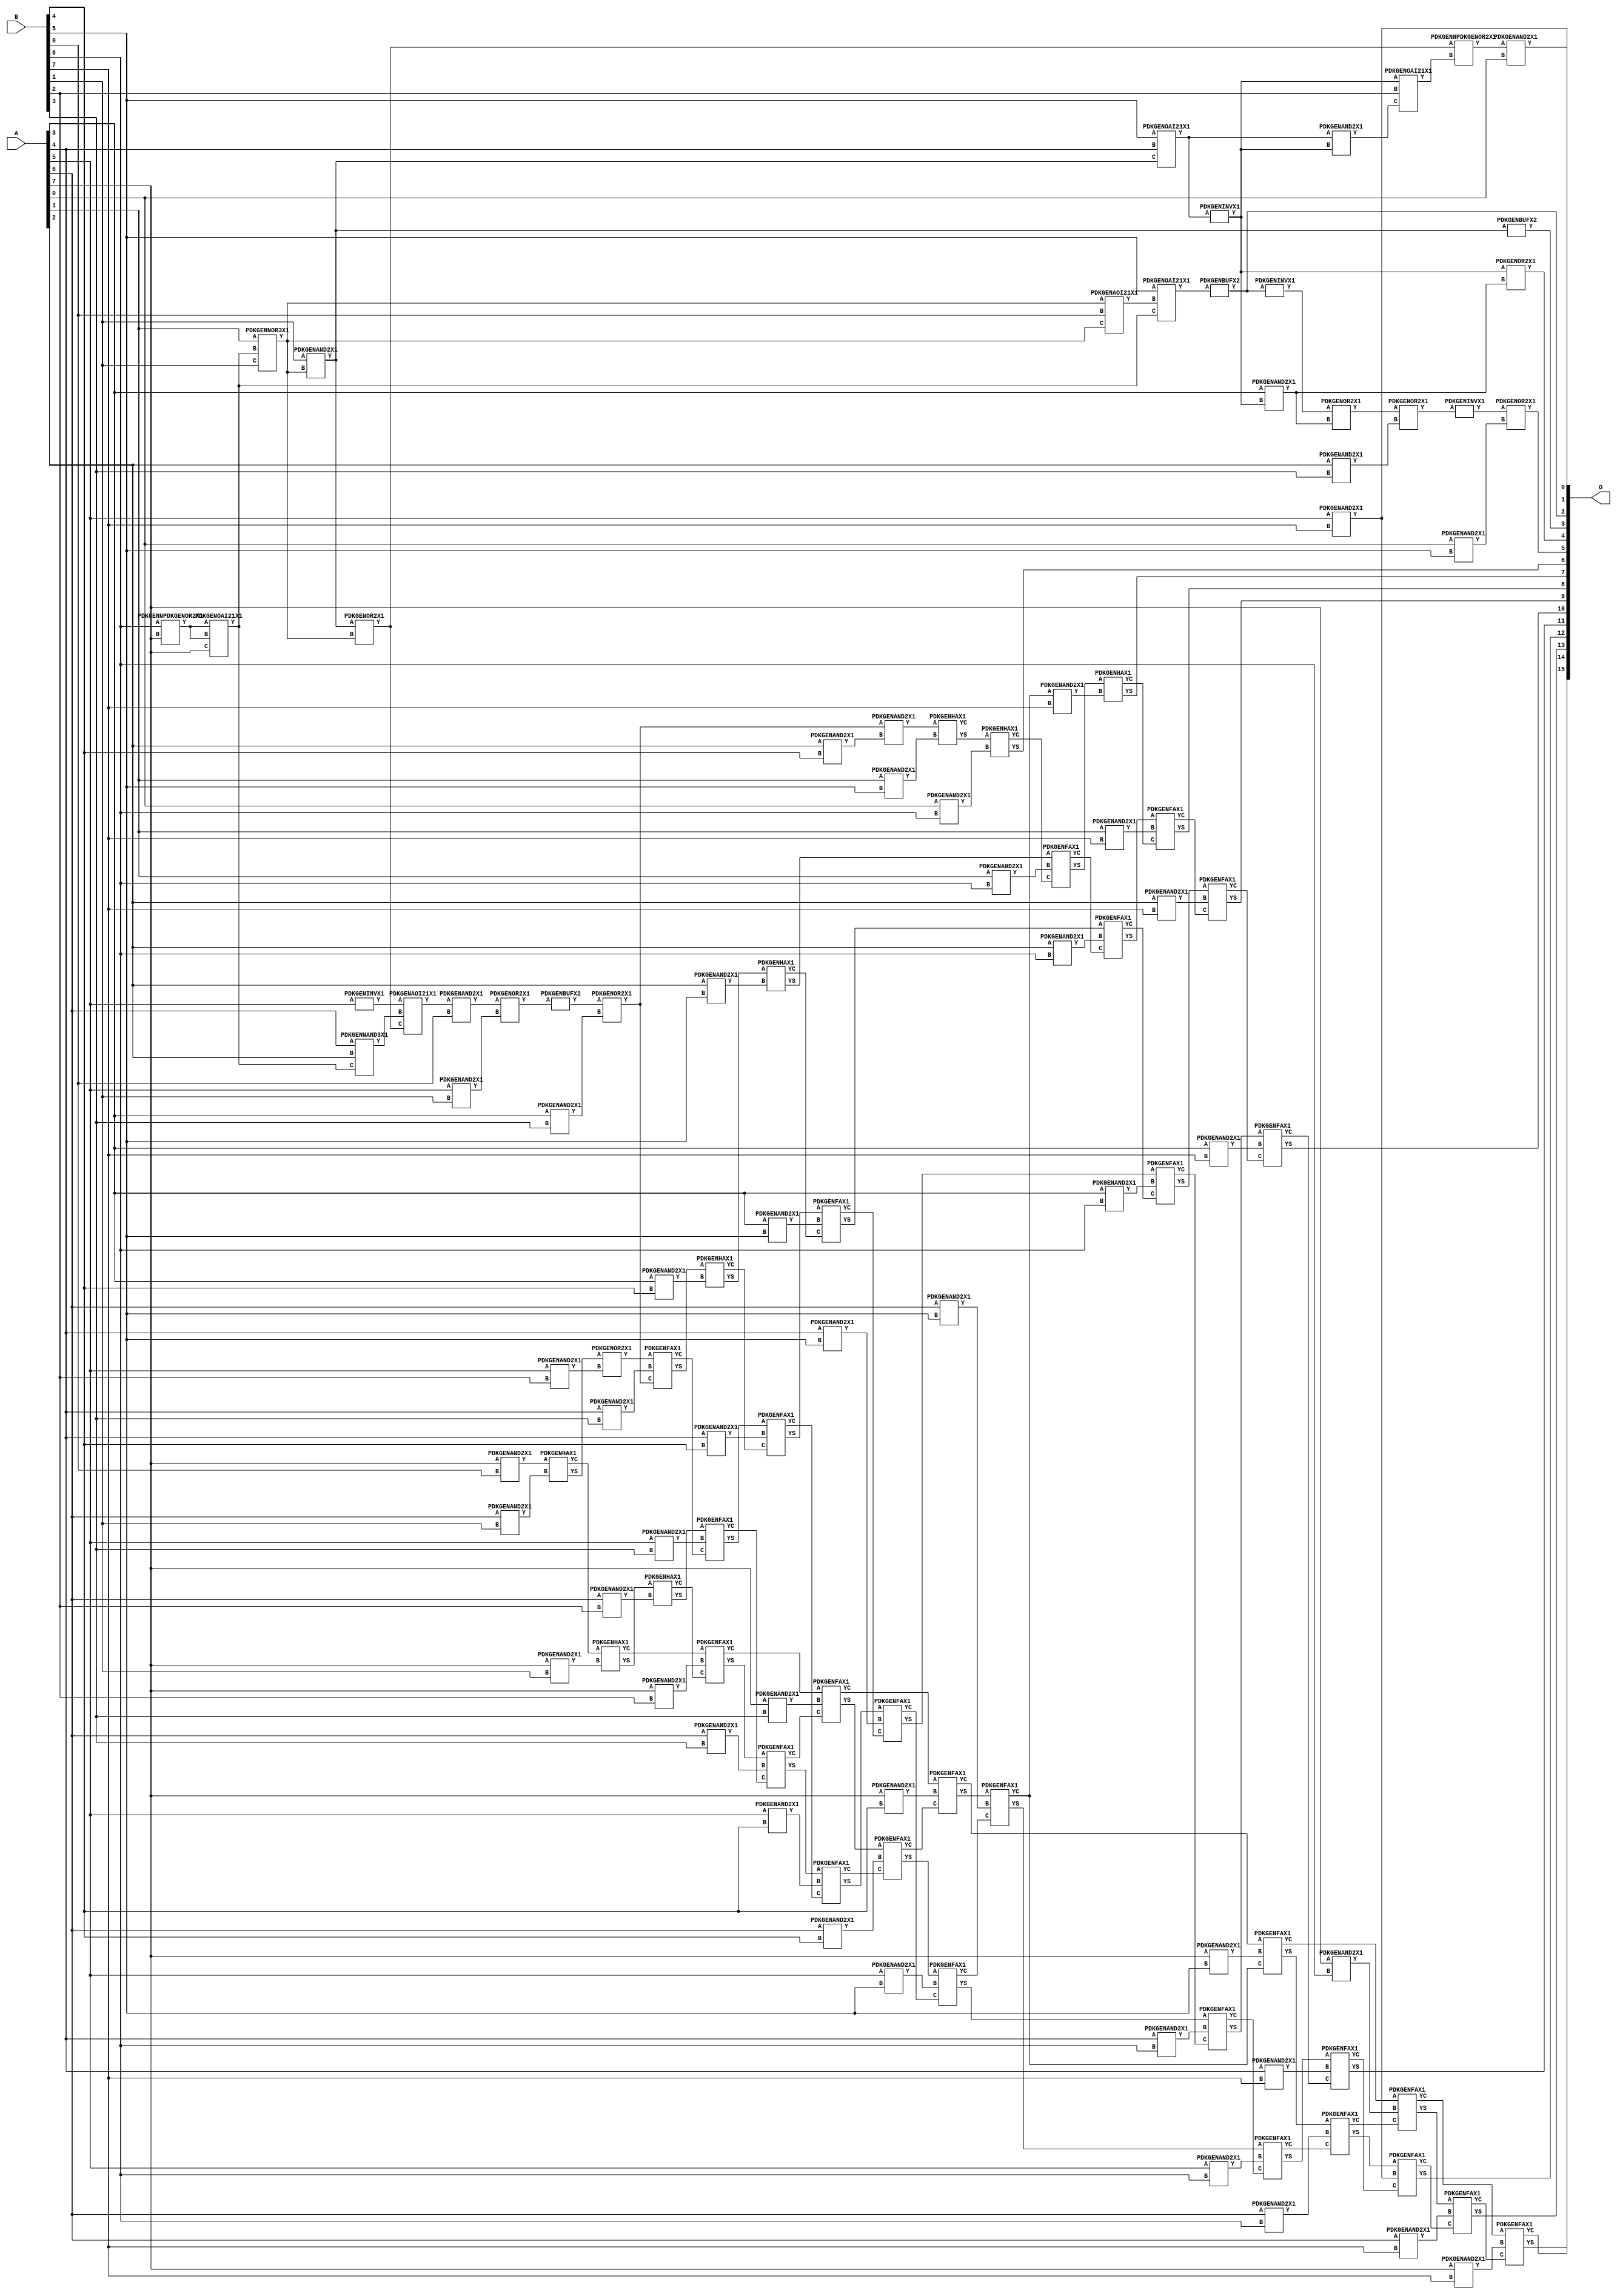
// Library = EvoApprox8b
// Circuit = mul8_497
// Area   (180) = 6264
// Delay  (180) = 4.910
// Power  (180) = 2861.80
// Area   (45) = 460
// Delay  (45) = 1.800
// Power  (45) = 248.60
// Nodes = 110
// HD = 281874
// MAE = 118.06451
// MSE = 23469.46875
// MRE = 3.33 %
// WCE = 736
// WCRE = 300 %
// EP = 96.4 %

module mul8_497(A, B, O);
  input [7:0] A;
  input [7:0] B;
  output [15:0] O;
  wire [2031:0] N;

  assign N[0] = A[0];
  assign N[1] = A[0];
  assign N[2] = A[1];
  assign N[3] = A[1];
  assign N[4] = A[2];
  assign N[5] = A[2];
  assign N[6] = A[3];
  assign N[7] = A[3];
  assign N[8] = A[4];
  assign N[9] = A[4];
  assign N[10] = A[5];
  assign N[11] = A[5];
  assign N[12] = A[6];
  assign N[13] = A[6];
  assign N[14] = A[7];
  assign N[15] = A[7];
  assign N[16] = B[0];
  assign N[17] = B[0];
  assign N[18] = B[1];
  assign N[19] = B[1];
  assign N[20] = B[2];
  assign N[21] = B[2];
  assign N[22] = B[3];
  assign N[23] = B[3];
  assign N[24] = B[4];
  assign N[25] = B[4];
  assign N[26] = B[5];
  assign N[27] = B[5];
  assign N[28] = B[6];
  assign N[29] = B[6];
  assign N[30] = B[7];
  assign N[31] = B[7];

  PDKGENNPDKGENOR2X1 n32(.A(N[28]), .B(N[14]), .Y(N[32]));
  assign N[33] = N[32];
  PDKGENOAI21X1 n34(.A(N[33]), .B(N[32]), .C(N[14]), .Y(N[34]));
  assign N[35] = N[34];
  PDKGENNAND3X1 n36(.A(N[12]), .B(N[4]), .C(N[35]), .Y(N[36]));
  PDKGENNOR3X1 n38(.A(N[2]), .B(N[34]), .C(N[18]), .Y(N[38]));
  assign N[39] = N[38];
  PDKGENAND2X1 n40(.A(N[18]), .B(N[38]), .Y(N[40]));
  assign N[41] = N[40];
  PDKGENOAI21X1 n46(.A(N[26]), .B(N[8]), .C(N[41]), .Y(N[46]));
  assign N[47] = N[46];
  PDKGENINVX1 n48(.A(N[46]), .Y(N[48]));
  assign N[49] = N[48];
  PDKGENAOI21X1 n50(.A(N[39]), .B(N[16]), .C(N[39]), .Y(N[50]));
  PDKGENOR2X1 n64(.A(N[41]), .B(N[39]), .Y(N[64]));
  assign N[65] = N[64];
  PDKGENAND2X1 n66(.A(N[47]), .B(N[48]), .Y(N[66]));
  assign N[67] = N[66];
  PDKGENINVX1 n76(.A(N[10]), .Y(N[76]));
  assign N[77] = N[76];
  PDKGENAND2X1 n82(.A(N[6]), .B(N[48]), .Y(N[82]));
  PDKGENOAI21X1 n90(.A(N[49]), .B(N[20]), .C(N[67]), .Y(N[90]));
  PDKGENNPDKGENOR2X1 n92(.A(N[65]), .B(N[90]), .Y(N[92]));
  assign N[93] = N[92];
  PDKGENAOI21X1 n94(.A(N[77]), .B(N[36]), .C(N[65]), .Y(N[94]));
  PDKGENOAI21X1 n102(.A(N[26]), .B(N[50]), .C(N[35]), .Y(N[102]));
  assign N[103] = N[102];
  PDKGENBUFX2 n114(.A(N[103]), .Y(N[114]));
  assign N[115] = N[114];
  PDKGENAND2X1 n132(.A(N[94]), .B(N[16]), .Y(N[132]));
  PDKGENAND2X1 n148(.A(N[14]), .B(N[16]), .Y(N[148]));
  PDKGENAND2X1 n182(.A(N[93]), .B(N[0]), .Y(N[182]));
  PDKGENOR2X1 n220(.A(N[49]), .B(N[82]), .Y(N[220]));
  assign N[221] = N[220];
  PDKGENAND2X1 n248(.A(N[10]), .B(N[18]), .Y(N[248]));
  PDKGENAND2X1 n264(.A(N[12]), .B(N[18]), .Y(N[264]));
  PDKGENAND2X1 n282(.A(N[14]), .B(N[18]), .Y(N[282]));
  PDKGENINVX1 n364(.A(N[114]), .Y(N[364]));
  PDKGENOR2X1 n382(.A(N[132]), .B(N[248]), .Y(N[382]));
  PDKGENHAX1 n398(.A(N[148]), .B(N[264]), .YS(N[398]), .YC(N[399]));
  PDKGENHAX1 n414(.A(N[399]), .B(N[282]), .YS(N[414]), .YC(N[415]));
  PDKGENAND2X1 n514(.A(N[10]), .B(N[20]), .Y(N[514]));
  PDKGENAND2X1 n532(.A(N[12]), .B(N[20]), .Y(N[532]));
  PDKGENAND2X1 n548(.A(N[14]), .B(N[20]), .Y(N[548]));
  PDKGENOR2X1 n614(.A(N[364]), .B(N[82]), .Y(N[614]));
  PDKGENBUFX2 n632(.A(N[382]), .Y(N[632]));
  PDKGENOR2X1 n648(.A(N[398]), .B(N[514]), .Y(N[648]));
  PDKGENHAX1 n664(.A(N[414]), .B(N[532]), .YS(N[664]), .YC(N[665]));
  PDKGENFAX1 n682(.A(N[415]), .B(N[548]), .C(N[665]), .YS(N[682]), .YC(N[683]));
  PDKGENAND2X1 n732(.A(N[4]), .B(N[22]), .Y(N[732]));
  PDKGENAND2X1 n748(.A(N[6]), .B(N[22]), .Y(N[748]));
  PDKGENAND2X1 n764(.A(N[8]), .B(N[22]), .Y(N[764]));
  PDKGENAND2X1 n782(.A(N[10]), .B(N[22]), .Y(N[782]));
  PDKGENAND2X1 n798(.A(N[12]), .B(N[22]), .Y(N[798]));
  PDKGENAND2X1 n814(.A(N[14]), .B(N[22]), .Y(N[814]));
  PDKGENBUFX2 n832(.A(N[41]), .Y(N[832]));
  PDKGENOR2X1 n864(.A(N[614]), .B(N[732]), .Y(N[864]));
  PDKGENOR2X1 n882(.A(N[632]), .B(N[748]), .Y(N[882]));
  assign N[883] = N[882];
  PDKGENFAX1 n898(.A(N[648]), .B(N[764]), .C(N[883]), .YS(N[898]), .YC(N[899]));
  PDKGENFAX1 n914(.A(N[664]), .B(N[782]), .C(N[899]), .YS(N[914]), .YC(N[915]));
  PDKGENFAX1 n932(.A(N[682]), .B(N[798]), .C(N[915]), .YS(N[932]), .YC(N[933]));
  PDKGENFAX1 n948(.A(N[683]), .B(N[814]), .C(N[933]), .YS(N[948]), .YC(N[949]));
  PDKGENAND2X1 n998(.A(N[4]), .B(N[24]), .Y(N[998]));
  PDKGENAND2X1 n1014(.A(N[6]), .B(N[24]), .Y(N[1014]));
  PDKGENAND2X1 n1032(.A(N[8]), .B(N[24]), .Y(N[1032]));
  PDKGENAND2X1 n1048(.A(N[10]), .B(N[24]), .Y(N[1048]));
  PDKGENAND2X1 n1064(.A(N[12]), .B(N[24]), .Y(N[1064]));
  PDKGENAND2X1 n1082(.A(N[14]), .B(N[24]), .Y(N[1082]));
  PDKGENINVX1 n1114(.A(N[864]), .Y(N[1114]));
  PDKGENAND2X1 n1132(.A(N[882]), .B(N[998]), .Y(N[1132]));
  PDKGENHAX1 n1148(.A(N[898]), .B(N[1014]), .YS(N[1148]), .YC(N[1149]));
  PDKGENFAX1 n1164(.A(N[914]), .B(N[1032]), .C(N[1149]), .YS(N[1164]), .YC(N[1165]));
  PDKGENFAX1 n1182(.A(N[932]), .B(N[1048]), .C(N[1165]), .YS(N[1182]), .YC(N[1183]));
  PDKGENFAX1 n1198(.A(N[948]), .B(N[1064]), .C(N[1183]), .YS(N[1198]), .YC(N[1199]));
  PDKGENFAX1 n1214(.A(N[949]), .B(N[1082]), .C(N[1199]), .YS(N[1214]), .YC(N[1215]));
  PDKGENAND2X1 n1232(.A(N[0]), .B(N[26]), .Y(N[1232]));
  PDKGENAND2X1 n1248(.A(N[2]), .B(N[26]), .Y(N[1248]));
  PDKGENAND2X1 n1264(.A(N[4]), .B(N[26]), .Y(N[1264]));
  PDKGENAND2X1 n1282(.A(N[6]), .B(N[26]), .Y(N[1282]));
  PDKGENAND2X1 n1298(.A(N[8]), .B(N[26]), .Y(N[1298]));
  PDKGENAND2X1 n1314(.A(N[10]), .B(N[26]), .Y(N[1314]));
  PDKGENAND2X1 n1332(.A(N[12]), .B(N[26]), .Y(N[1332]));
  PDKGENAND2X1 n1348(.A(N[14]), .B(N[26]), .Y(N[1348]));
  PDKGENOR2X1 n1364(.A(N[1114]), .B(N[1232]), .Y(N[1364]));
  PDKGENHAX1 n1382(.A(N[1132]), .B(N[1248]), .YS(N[1382]), .YC(N[1383]));
  PDKGENHAX1 n1398(.A(N[1148]), .B(N[1264]), .YS(N[1398]), .YC(N[1399]));
  PDKGENFAX1 n1414(.A(N[1164]), .B(N[1282]), .C(N[1399]), .YS(N[1414]), .YC(N[1415]));
  PDKGENFAX1 n1432(.A(N[1182]), .B(N[1298]), .C(N[1415]), .YS(N[1432]), .YC(N[1433]));
  PDKGENFAX1 n1448(.A(N[1198]), .B(N[1314]), .C(N[1433]), .YS(N[1448]), .YC(N[1449]));
  PDKGENFAX1 n1464(.A(N[1214]), .B(N[1332]), .C(N[1449]), .YS(N[1464]), .YC(N[1465]));
  PDKGENFAX1 n1482(.A(N[1215]), .B(N[1348]), .C(N[1465]), .YS(N[1482]), .YC(N[1483]));
  PDKGENAND2X1 n1498(.A(N[0]), .B(N[28]), .Y(N[1498]));
  PDKGENAND2X1 n1514(.A(N[2]), .B(N[28]), .Y(N[1514]));
  PDKGENAND2X1 n1532(.A(N[4]), .B(N[28]), .Y(N[1532]));
  PDKGENAND2X1 n1548(.A(N[6]), .B(N[28]), .Y(N[1548]));
  PDKGENAND2X1 n1564(.A(N[8]), .B(N[28]), .Y(N[1564]));
  PDKGENAND2X1 n1582(.A(N[10]), .B(N[28]), .Y(N[1582]));
  PDKGENAND2X1 n1598(.A(N[12]), .B(N[28]), .Y(N[1598]));
  PDKGENAND2X1 n1614(.A(N[14]), .B(N[28]), .Y(N[1614]));
  PDKGENHAX1 n1632(.A(N[1382]), .B(N[1498]), .YS(N[1632]), .YC(N[1633]));
  PDKGENFAX1 n1648(.A(N[1398]), .B(N[1514]), .C(N[1633]), .YS(N[1648]), .YC(N[1649]));
  PDKGENFAX1 n1664(.A(N[1414]), .B(N[1532]), .C(N[1649]), .YS(N[1664]), .YC(N[1665]));
  PDKGENFAX1 n1682(.A(N[1432]), .B(N[1548]), .C(N[1665]), .YS(N[1682]), .YC(N[1683]));
  PDKGENFAX1 n1698(.A(N[1448]), .B(N[1564]), .C(N[1683]), .YS(N[1698]), .YC(N[1699]));
  PDKGENFAX1 n1714(.A(N[1464]), .B(N[1582]), .C(N[1699]), .YS(N[1714]), .YC(N[1715]));
  PDKGENFAX1 n1732(.A(N[1482]), .B(N[1598]), .C(N[1715]), .YS(N[1732]), .YC(N[1733]));
  PDKGENFAX1 n1748(.A(N[1483]), .B(N[1614]), .C(N[1733]), .YS(N[1748]), .YC(N[1749]));
  PDKGENAND2X1 n1764(.A(N[1465]), .B(N[30]), .Y(N[1764]));
  PDKGENAND2X1 n1782(.A(N[2]), .B(N[30]), .Y(N[1782]));
  PDKGENAND2X1 n1798(.A(N[4]), .B(N[30]), .Y(N[1798]));
  PDKGENAND2X1 n1814(.A(N[6]), .B(N[30]), .Y(N[1814]));
  PDKGENAND2X1 n1832(.A(N[8]), .B(N[30]), .Y(N[1832]));
  PDKGENAND2X1 n1848(.A(N[10]), .B(N[30]), .Y(N[1848]));
  assign N[1849] = N[1848];
  PDKGENAND2X1 n1864(.A(N[12]), .B(N[30]), .Y(N[1864]));
  PDKGENAND2X1 n1882(.A(N[14]), .B(N[30]), .Y(N[1882]));
  PDKGENHAX1 n1898(.A(N[1648]), .B(N[1764]), .YS(N[1898]), .YC(N[1899]));
  PDKGENFAX1 n1914(.A(N[1664]), .B(N[1782]), .C(N[1899]), .YS(N[1914]), .YC(N[1915]));
  PDKGENFAX1 n1932(.A(N[1682]), .B(N[1798]), .C(N[1915]), .YS(N[1932]), .YC(N[1933]));
  PDKGENFAX1 n1948(.A(N[1698]), .B(N[1814]), .C(N[1933]), .YS(N[1948]), .YC(N[1949]));
  PDKGENFAX1 n1964(.A(N[1714]), .B(N[1832]), .C(N[1949]), .YS(N[1964]), .YC(N[1965]));
  PDKGENFAX1 n1982(.A(N[1732]), .B(N[1848]), .C(N[1965]), .YS(N[1982]), .YC(N[1983]));
  PDKGENFAX1 n1998(.A(N[1748]), .B(N[1864]), .C(N[1983]), .YS(N[1998]), .YC(N[1999]));
  PDKGENFAX1 n2014(.A(N[1749]), .B(N[1882]), .C(N[1999]), .YS(N[2014]), .YC(N[2015]));

  assign O[0] = N[1849];
  assign O[1] = N[182];
  assign O[2] = N[115];
  assign O[3] = N[832];
  assign O[4] = N[221];
  assign O[5] = N[1364];
  assign O[6] = N[1632];
  assign O[7] = N[1898];
  assign O[8] = N[1914];
  assign O[9] = N[1932];
  assign O[10] = N[1948];
  assign O[11] = N[1964];
  assign O[12] = N[1982];
  assign O[13] = N[1998];
  assign O[14] = N[2014];
  assign O[15] = N[2015];

endmodule
/* mod */
module PDKGENOAI21X1( input A, input B, input C, output Y );
    assign Y = ~((A | B) & C);
endmodule
/* mod */
module PDKGENAOI21X1( input A, input B, input C, output Y );
    assign Y = ~((A & B) | C);
endmodule
/* mod */
module PDKGENFAX1( input A, input B, input C, output YS, output YC );
    assign YS = (A ^ B) ^ C;
    assign YC = (A & B) | (B & C) | (A & C);
endmodule
/* mod */
module PDKGENHAX1( input A, input B, output YS, output YC );
    assign YS = A ^ B;
    assign YC = A & B;
endmodule
/* mod */
module PDKGENNOR3X1(input A, input B, input C, output Y );
     assign Y = ~((A | B) | C);
endmodule
/* mod */
module PDKGENAND2X1(input A, input B, output Y );
     assign Y = A & B;
endmodule
/* mod */
module PDKGENINVX1(input A, output Y );
     assign Y = ~A;
endmodule
/* mod */
module PDKGENNPDKGENOR2X1(input A, input B, output Y );
     assign Y = ~(A | B);
endmodule
/* mod */
module PDKGENNAND3X1(input A, input B, input C, output Y );
     assign Y = ~((A & B) & C);
endmodule
/* mod */
module PDKGENBUFX2(input A, output Y );
     assign Y = A;
endmodule
/* mod */
module PDKGENOR2X1(input A, input B, output Y );
     assign Y = A | B;
endmodule